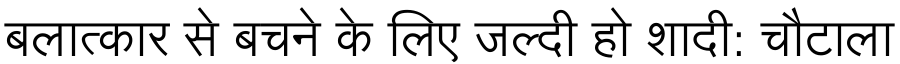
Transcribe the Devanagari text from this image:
बलात्कार से बचने के लिए जल्दी हो शादी: चौटाला